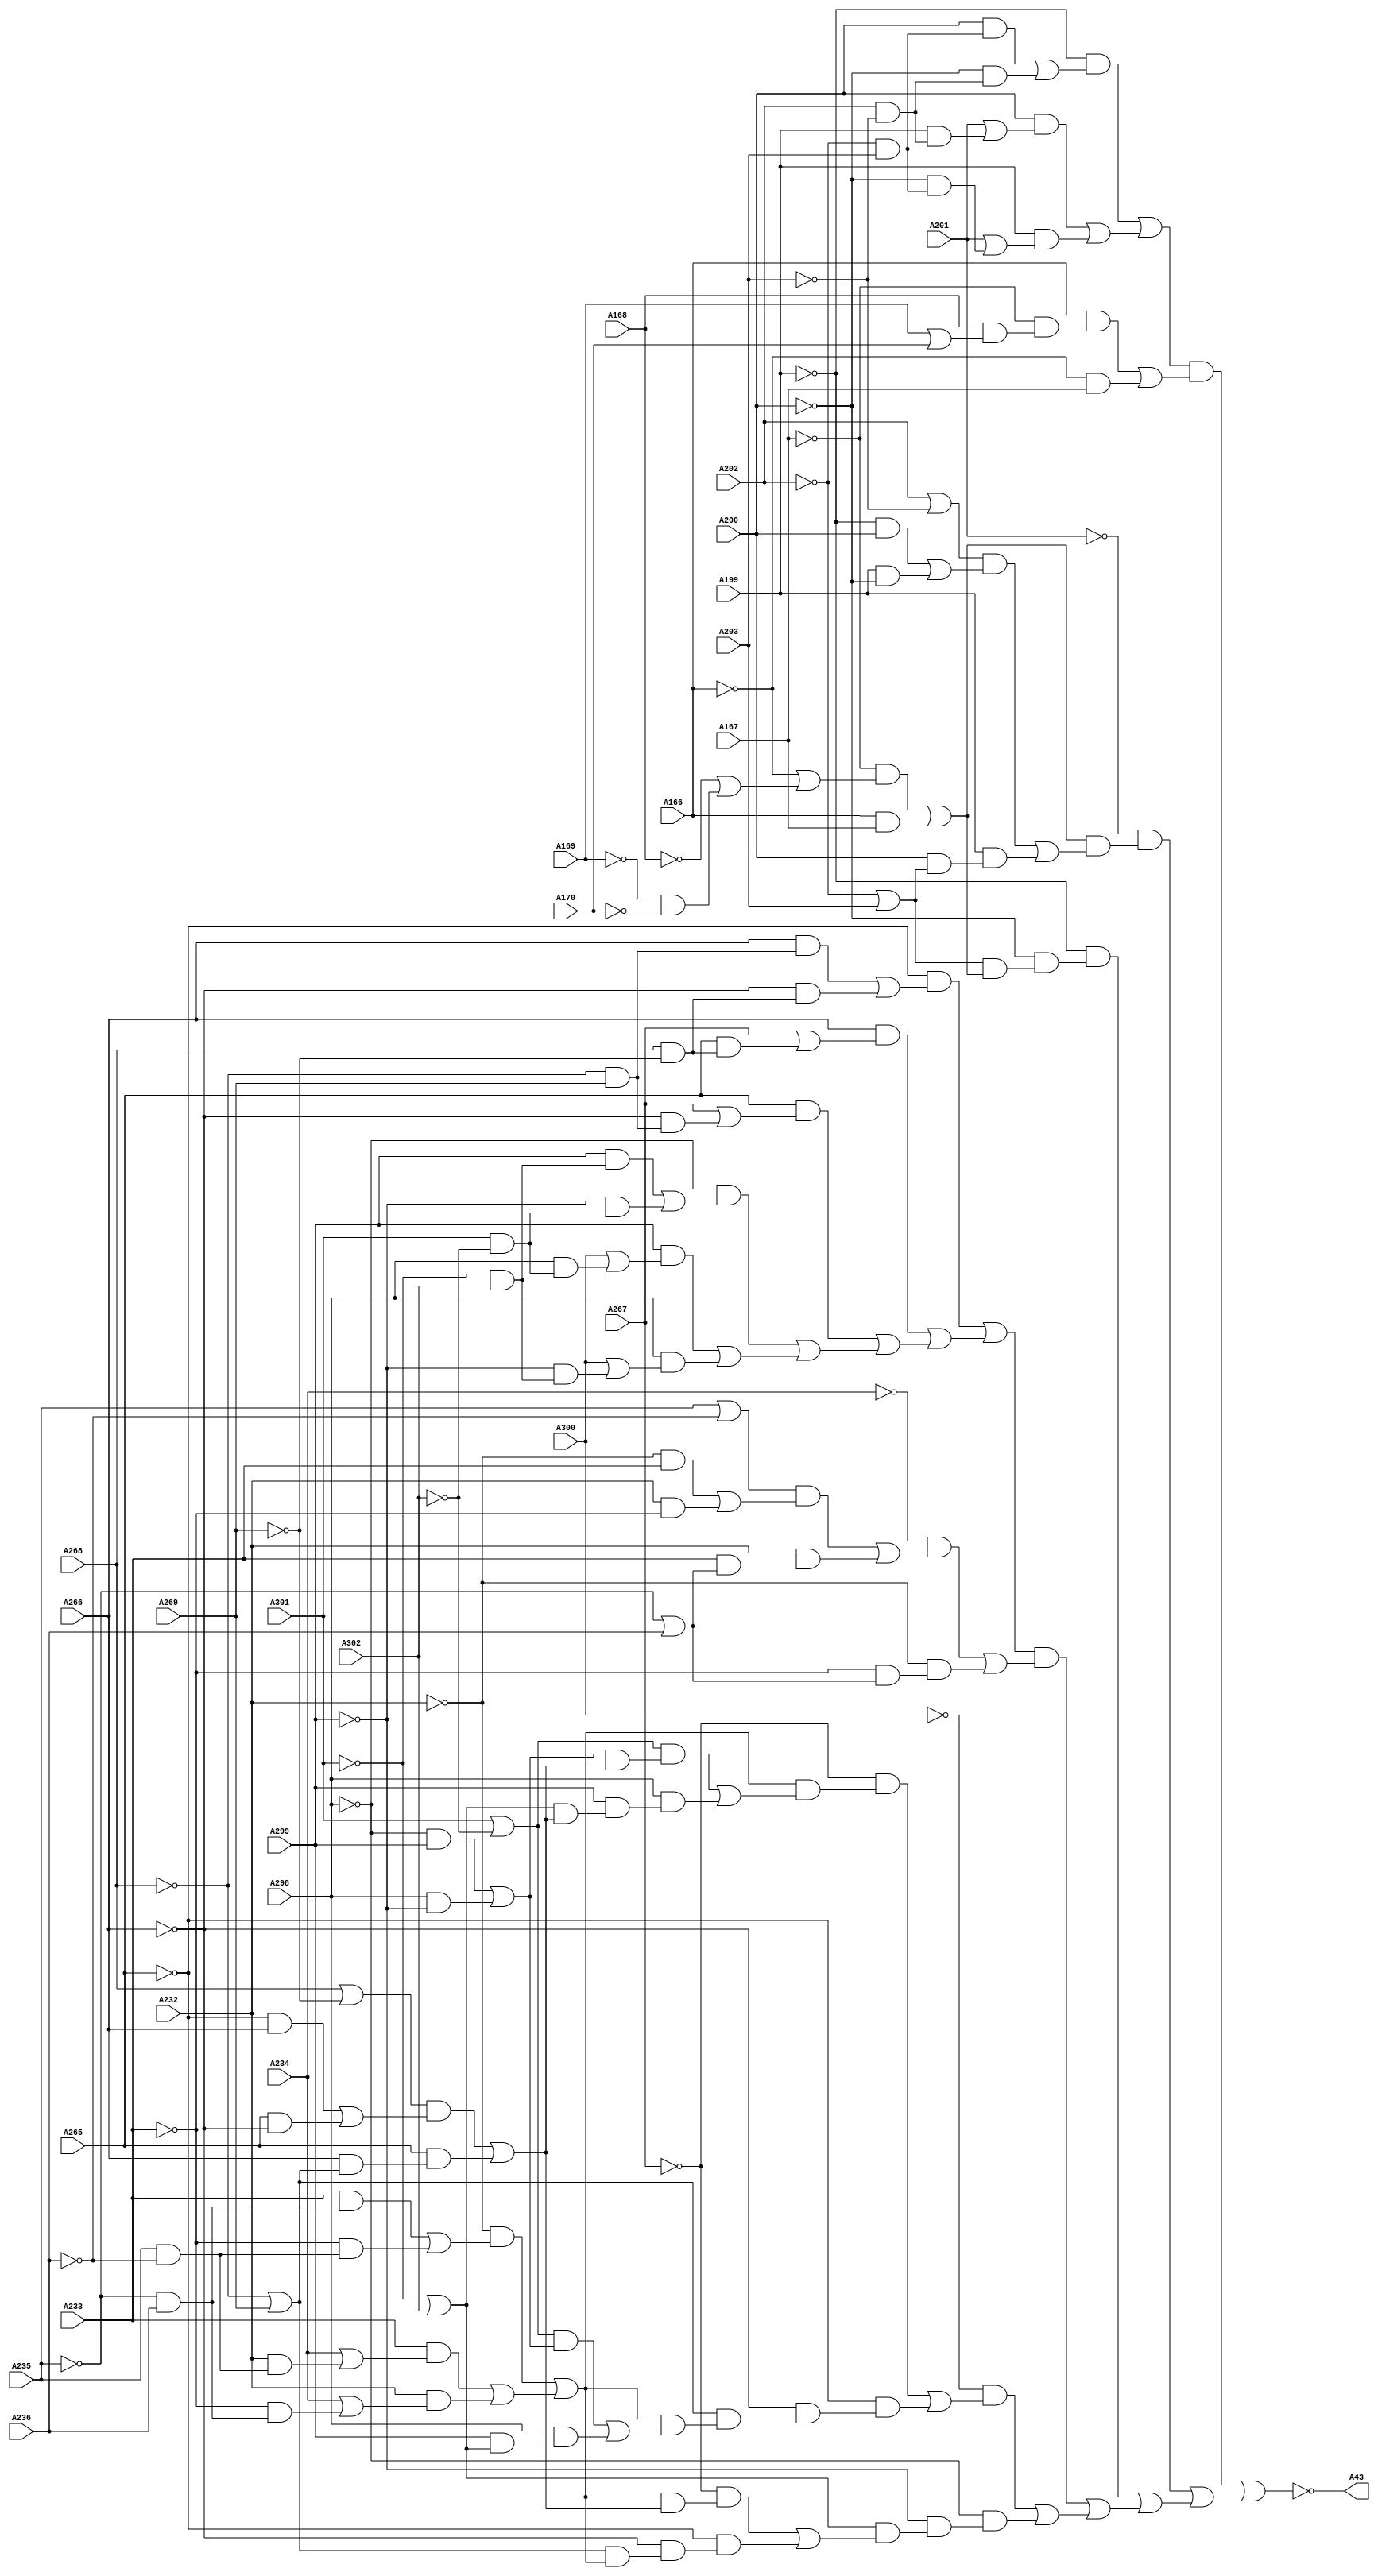
// Benchmark "testing" written by ABC on Thu Oct  8 22:16:32 2020

module testing ( 
    A302, A301, A300, A299, A298, A269, A268, A267, A266, A265, A236, A235,
    A234, A233, A232, A203, A202, A201, A200, A199, A166, A167, A168, A169,
    A170,
    A43  );
  input  A302, A301, A300, A299, A298, A269, A268, A267, A266, A265,
    A236, A235, A234, A233, A232, A203, A202, A201, A200, A199, A166, A167,
    A168, A169, A170;
  output A43;
  wire new_n_32_, new_n_33_, new_n_37_, new_n_38_, new_n_39_, new_n_40_,
    new_n_46_, new_n_47_, new_n_48_, new_n_49_, new_n_55_, new_n_56_,
    new_n_57_, new_n_58_, new_n_59_, new_n_60_, new_n_66_, new_n_67_,
    new_n_68_, new_n_69_, new_n_72_, new_n_73_, new_n_74_, new_n_81_,
    new_n_82_, new_n_83_, new_n_84_, new_n_87_, new_n_88_, new_n_91_,
    new_n_94_, new_n_97_, new_n_98_, new_n_99_, new_n_104_, new_n_105_,
    new_n_106_, new_n_107_, new_n_108_, new_n_109_, new_n_114_, new_n_120_,
    new_n_121_, new_n_122_, new_n_123_, new_n_126_, new_n_127_, new_n_128_,
    new_n_129_, new_n_130_, new_n_135_, new_n_136_, new_n_140_, new_n_141_,
    new_n_142_, new_n_143_, new_n_149_, new_n_150_, new_n_151_, new_n_152_,
    new_n_158_, new_n_159_, new_n_160_, new_n_161_, new_n_166_, new_n_167_,
    new_n_171_, new_n_172_, new_n_173_, new_n_174_, new_n_180_, new_n_181_,
    new_n_182_, new_n_183_, new_n_189_, new_n_190_, new_n_191_, new_n_192_,
    new_n_193_, new_n_194_, new_n_195_, new_n_196_, new_n_197_, new_n_201_,
    new_n_204_, new_n_207_, new_n_208_, new_n_209_, new_n_214_, new_n_215_,
    new_n_216_, new_n_217_, new_n_218_, new_n_223_, new_n_224_, new_n_225_,
    new_n_226_, new_n_227_, new_n_234_, new_n_235_, new_n_239_, new_n_240_,
    new_n_241_, new_n_242_, new_n_248_, new_n_249_, new_n_250_, new_n_251_,
    new_n_257_, new_n_258_, new_n_259_, new_n_260_, new_n_261_, new_n_262_,
    new_n_265_, new_n_268_, new_n_271_, new_n_272_, new_n_275_, new_n_278_,
    new_n_281_, new_n_282_, new_n_283_, new_n_288_, new_n_289_, new_n_290_,
    new_n_291_, new_n_292_, new_n_293_, new_n_298_, new_n_301_, new_n_304_,
    new_n_307_, new_n_308_, new_n_309_, new_n_314_, new_n_315_, new_n_316_,
    new_n_317_, new_n_318_, new_n_319_, new_n_320_, new_n_321_, new_n_322_,
    new_n_323_, new_n_328_, new_n_333_, new_n_334_, new_n_338_, new_n_339_,
    new_n_340_, new_n_341_, new_n_347_, new_n_348_, new_n_349_, new_n_350_,
    new_n_356_, new_n_357_, new_n_358_, new_n_359_, new_n_360_, new_n_361_,
    new_n_364_, new_n_367_, new_n_370_, new_n_371_, new_n_372_, new_n_377_,
    new_n_378_, new_n_379_, new_n_380_, new_n_381_, new_n_382_, new_n_383_,
    new_n_384_, new_n_385_, new_n_386_, new_n_391_, new_n_397_, new_n_398_,
    new_n_402_, new_n_403_, new_n_404_, new_n_405_, new_n_411_, new_n_412_,
    new_n_413_, new_n_414_, new_n_420_, new_n_421_, new_n_422_, new_n_423_,
    new_n_424_, new_n_425_, new_n_428_, new_n_431_, new_n_434_, new_n_435_,
    new_n_436_, new_n_441_, new_n_442_, new_n_443_, new_n_444_, new_n_445_,
    new_n_446_, new_n_451_, new_n_456_, new_n_457_, new_n_461_, new_n_462_,
    new_n_463_, new_n_464_, new_n_470_, new_n_471_, new_n_472_, new_n_473_,
    new_n_479_, new_n_480_, new_n_481_, new_n_482_, new_n_483_, new_n_484_,
    new_n_485_, new_n_486_, new_n_487_, new_n_488_, new_n_489_, new_n_490_,
    new_n_491_, new_n_492_, new_n_493_, new_n_494_, new_n_495_, new_n_496_;
  assign A43 = ~new_n_496_;
  assign new_n_32_ = ~A202 & A203;
  assign new_n_33_ = A200 & new_n_32_;
  assign new_n_37_ = A202 & ~A203;
  assign new_n_38_ = ~A200 & new_n_37_;
  assign new_n_39_ = new_n_33_ | new_n_38_;
  assign new_n_40_ = ~A199 & new_n_39_;
  assign new_n_46_ = A202 & ~A203;
  assign new_n_47_ = A199 & new_n_46_;
  assign new_n_48_ = A201 | new_n_47_;
  assign new_n_49_ = A200 & new_n_48_;
  assign new_n_55_ = ~A202 & A203;
  assign new_n_56_ = ~A200 & new_n_55_;
  assign new_n_57_ = A201 | new_n_56_;
  assign new_n_58_ = A199 & new_n_57_;
  assign new_n_59_ = new_n_49_ | new_n_58_;
  assign new_n_60_ = new_n_40_ | new_n_59_;
  assign new_n_66_ = A169 | A170;
  assign new_n_67_ = A168 & new_n_66_;
  assign new_n_68_ = ~A167 & new_n_67_;
  assign new_n_69_ = A166 & new_n_68_;
  assign new_n_72_ = ~A166 & A167;
  assign new_n_73_ = new_n_69_ | new_n_72_;
  assign new_n_74_ = new_n_60_ & new_n_73_;
  assign new_n_81_ = ~A169 & ~A170;
  assign new_n_82_ = ~A168 | new_n_81_;
  assign new_n_83_ = ~A166 | new_n_82_;
  assign new_n_84_ = ~A167 & new_n_83_;
  assign new_n_87_ = A166 & A167;
  assign new_n_88_ = new_n_84_ | new_n_87_;
  assign new_n_91_ = A202 | ~A203;
  assign new_n_94_ = ~A199 & A200;
  assign new_n_97_ = A199 & ~A200;
  assign new_n_98_ = new_n_94_ | new_n_97_;
  assign new_n_99_ = new_n_91_ & new_n_98_;
  assign new_n_104_ = ~A202 | A203;
  assign new_n_105_ = A200 & new_n_104_;
  assign new_n_106_ = A199 & new_n_105_;
  assign new_n_107_ = new_n_99_ | new_n_106_;
  assign new_n_108_ = new_n_88_ & new_n_107_;
  assign new_n_109_ = ~A201 & new_n_108_;
  assign new_n_114_ = ~A202 | A203;
  assign new_n_120_ = ~A169 & ~A170;
  assign new_n_121_ = ~A168 | new_n_120_;
  assign new_n_122_ = ~A166 | new_n_121_;
  assign new_n_123_ = ~A167 & new_n_122_;
  assign new_n_126_ = A166 & A167;
  assign new_n_127_ = new_n_123_ | new_n_126_;
  assign new_n_128_ = new_n_114_ & new_n_127_;
  assign new_n_129_ = ~A200 & new_n_128_;
  assign new_n_130_ = ~A199 & new_n_129_;
  assign new_n_135_ = ~A268 & A269;
  assign new_n_136_ = A266 & new_n_135_;
  assign new_n_140_ = A268 & ~A269;
  assign new_n_141_ = ~A266 & new_n_140_;
  assign new_n_142_ = new_n_136_ | new_n_141_;
  assign new_n_143_ = ~A265 & new_n_142_;
  assign new_n_149_ = A268 & ~A269;
  assign new_n_150_ = A265 & new_n_149_;
  assign new_n_151_ = A267 | new_n_150_;
  assign new_n_152_ = A266 & new_n_151_;
  assign new_n_158_ = ~A268 & A269;
  assign new_n_159_ = ~A266 & new_n_158_;
  assign new_n_160_ = A267 | new_n_159_;
  assign new_n_161_ = A265 & new_n_160_;
  assign new_n_166_ = ~A301 & A302;
  assign new_n_167_ = A299 & new_n_166_;
  assign new_n_171_ = A301 & ~A302;
  assign new_n_172_ = ~A299 & new_n_171_;
  assign new_n_173_ = new_n_167_ | new_n_172_;
  assign new_n_174_ = ~A298 & new_n_173_;
  assign new_n_180_ = A301 & ~A302;
  assign new_n_181_ = A298 & new_n_180_;
  assign new_n_182_ = A300 | new_n_181_;
  assign new_n_183_ = A299 & new_n_182_;
  assign new_n_189_ = ~A301 & A302;
  assign new_n_190_ = ~A299 & new_n_189_;
  assign new_n_191_ = A300 | new_n_190_;
  assign new_n_192_ = A298 & new_n_191_;
  assign new_n_193_ = new_n_183_ | new_n_192_;
  assign new_n_194_ = new_n_174_ | new_n_193_;
  assign new_n_195_ = new_n_161_ | new_n_194_;
  assign new_n_196_ = new_n_152_ | new_n_195_;
  assign new_n_197_ = new_n_143_ | new_n_196_;
  assign new_n_201_ = A235 | ~A236;
  assign new_n_204_ = ~A232 & A233;
  assign new_n_207_ = A232 & ~A233;
  assign new_n_208_ = new_n_204_ | new_n_207_;
  assign new_n_209_ = new_n_201_ & new_n_208_;
  assign new_n_214_ = ~A235 | A236;
  assign new_n_215_ = A233 & new_n_214_;
  assign new_n_216_ = A232 & new_n_215_;
  assign new_n_217_ = new_n_209_ | new_n_216_;
  assign new_n_218_ = ~A234 & new_n_217_;
  assign new_n_223_ = ~A235 | A236;
  assign new_n_224_ = ~A233 & new_n_223_;
  assign new_n_225_ = ~A232 & new_n_224_;
  assign new_n_226_ = new_n_218_ | new_n_225_;
  assign new_n_227_ = new_n_197_ & new_n_226_;
  assign new_n_234_ = ~A235 & A236;
  assign new_n_235_ = A233 & new_n_234_;
  assign new_n_239_ = A235 & ~A236;
  assign new_n_240_ = ~A233 & new_n_239_;
  assign new_n_241_ = new_n_235_ | new_n_240_;
  assign new_n_242_ = ~A232 & new_n_241_;
  assign new_n_248_ = A235 & ~A236;
  assign new_n_249_ = A232 & new_n_248_;
  assign new_n_250_ = A234 | new_n_249_;
  assign new_n_251_ = A233 & new_n_250_;
  assign new_n_257_ = ~A235 & A236;
  assign new_n_258_ = ~A233 & new_n_257_;
  assign new_n_259_ = A234 | new_n_258_;
  assign new_n_260_ = A232 & new_n_259_;
  assign new_n_261_ = new_n_251_ | new_n_260_;
  assign new_n_262_ = new_n_242_ | new_n_261_;
  assign new_n_265_ = A301 | ~A302;
  assign new_n_268_ = ~A298 & A299;
  assign new_n_271_ = A298 & ~A299;
  assign new_n_272_ = new_n_268_ | new_n_271_;
  assign new_n_275_ = A268 | ~A269;
  assign new_n_278_ = ~A265 & A266;
  assign new_n_281_ = A265 & ~A266;
  assign new_n_282_ = new_n_278_ | new_n_281_;
  assign new_n_283_ = new_n_275_ & new_n_282_;
  assign new_n_288_ = ~A268 | A269;
  assign new_n_289_ = A266 & new_n_288_;
  assign new_n_290_ = A265 & new_n_289_;
  assign new_n_291_ = new_n_283_ | new_n_290_;
  assign new_n_292_ = new_n_272_ & new_n_291_;
  assign new_n_293_ = new_n_265_ & new_n_292_;
  assign new_n_298_ = ~A301 | A302;
  assign new_n_301_ = A268 | ~A269;
  assign new_n_304_ = ~A265 & A266;
  assign new_n_307_ = A265 & ~A266;
  assign new_n_308_ = new_n_304_ | new_n_307_;
  assign new_n_309_ = new_n_301_ & new_n_308_;
  assign new_n_314_ = ~A268 | A269;
  assign new_n_315_ = A266 & new_n_314_;
  assign new_n_316_ = A265 & new_n_315_;
  assign new_n_317_ = new_n_309_ | new_n_316_;
  assign new_n_318_ = new_n_298_ & new_n_317_;
  assign new_n_319_ = A299 & new_n_318_;
  assign new_n_320_ = A298 & new_n_319_;
  assign new_n_321_ = new_n_293_ | new_n_320_;
  assign new_n_322_ = new_n_262_ & new_n_321_;
  assign new_n_323_ = ~A267 & new_n_322_;
  assign new_n_328_ = ~A268 | A269;
  assign new_n_333_ = ~A235 & A236;
  assign new_n_334_ = A233 & new_n_333_;
  assign new_n_338_ = A235 & ~A236;
  assign new_n_339_ = ~A233 & new_n_338_;
  assign new_n_340_ = new_n_334_ | new_n_339_;
  assign new_n_341_ = ~A232 & new_n_340_;
  assign new_n_347_ = A235 & ~A236;
  assign new_n_348_ = A232 & new_n_347_;
  assign new_n_349_ = A234 | new_n_348_;
  assign new_n_350_ = A233 & new_n_349_;
  assign new_n_356_ = ~A235 & A236;
  assign new_n_357_ = ~A233 & new_n_356_;
  assign new_n_358_ = A234 | new_n_357_;
  assign new_n_359_ = A232 & new_n_358_;
  assign new_n_360_ = new_n_350_ | new_n_359_;
  assign new_n_361_ = new_n_341_ | new_n_360_;
  assign new_n_364_ = A301 | ~A302;
  assign new_n_367_ = ~A298 & A299;
  assign new_n_370_ = A298 & ~A299;
  assign new_n_371_ = new_n_367_ | new_n_370_;
  assign new_n_372_ = new_n_364_ & new_n_371_;
  assign new_n_377_ = ~A301 | A302;
  assign new_n_378_ = A299 & new_n_377_;
  assign new_n_379_ = A298 & new_n_378_;
  assign new_n_380_ = new_n_372_ | new_n_379_;
  assign new_n_381_ = new_n_361_ & new_n_380_;
  assign new_n_382_ = new_n_328_ & new_n_381_;
  assign new_n_383_ = ~A266 & new_n_382_;
  assign new_n_384_ = ~A265 & new_n_383_;
  assign new_n_385_ = new_n_323_ | new_n_384_;
  assign new_n_386_ = ~A300 & new_n_385_;
  assign new_n_391_ = ~A301 | A302;
  assign new_n_397_ = ~A235 & A236;
  assign new_n_398_ = A233 & new_n_397_;
  assign new_n_402_ = A235 & ~A236;
  assign new_n_403_ = ~A233 & new_n_402_;
  assign new_n_404_ = new_n_398_ | new_n_403_;
  assign new_n_405_ = ~A232 & new_n_404_;
  assign new_n_411_ = A235 & ~A236;
  assign new_n_412_ = A232 & new_n_411_;
  assign new_n_413_ = A234 | new_n_412_;
  assign new_n_414_ = A233 & new_n_413_;
  assign new_n_420_ = ~A235 & A236;
  assign new_n_421_ = ~A233 & new_n_420_;
  assign new_n_422_ = A234 | new_n_421_;
  assign new_n_423_ = A232 & new_n_422_;
  assign new_n_424_ = new_n_414_ | new_n_423_;
  assign new_n_425_ = new_n_405_ | new_n_424_;
  assign new_n_428_ = A268 | ~A269;
  assign new_n_431_ = ~A265 & A266;
  assign new_n_434_ = A265 & ~A266;
  assign new_n_435_ = new_n_431_ | new_n_434_;
  assign new_n_436_ = new_n_428_ & new_n_435_;
  assign new_n_441_ = ~A268 | A269;
  assign new_n_442_ = A266 & new_n_441_;
  assign new_n_443_ = A265 & new_n_442_;
  assign new_n_444_ = new_n_436_ | new_n_443_;
  assign new_n_445_ = new_n_425_ & new_n_444_;
  assign new_n_446_ = ~A267 & new_n_445_;
  assign new_n_451_ = ~A268 | A269;
  assign new_n_456_ = ~A235 & A236;
  assign new_n_457_ = A233 & new_n_456_;
  assign new_n_461_ = A235 & ~A236;
  assign new_n_462_ = ~A233 & new_n_461_;
  assign new_n_463_ = new_n_457_ | new_n_462_;
  assign new_n_464_ = ~A232 & new_n_463_;
  assign new_n_470_ = A235 & ~A236;
  assign new_n_471_ = A232 & new_n_470_;
  assign new_n_472_ = A234 | new_n_471_;
  assign new_n_473_ = A233 & new_n_472_;
  assign new_n_479_ = ~A235 & A236;
  assign new_n_480_ = ~A233 & new_n_479_;
  assign new_n_481_ = A234 | new_n_480_;
  assign new_n_482_ = A232 & new_n_481_;
  assign new_n_483_ = new_n_473_ | new_n_482_;
  assign new_n_484_ = new_n_464_ | new_n_483_;
  assign new_n_485_ = new_n_451_ & new_n_484_;
  assign new_n_486_ = ~A266 & new_n_485_;
  assign new_n_487_ = ~A265 & new_n_486_;
  assign new_n_488_ = new_n_446_ | new_n_487_;
  assign new_n_489_ = new_n_391_ & new_n_488_;
  assign new_n_490_ = ~A299 & new_n_489_;
  assign new_n_491_ = ~A298 & new_n_490_;
  assign new_n_492_ = new_n_386_ | new_n_491_;
  assign new_n_493_ = new_n_227_ | new_n_492_;
  assign new_n_494_ = new_n_130_ | new_n_493_;
  assign new_n_495_ = new_n_109_ | new_n_494_;
  assign new_n_496_ = new_n_74_ | new_n_495_;
endmodule